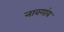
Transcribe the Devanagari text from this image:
नावगांव